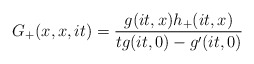
\begin{align*}G_+(x,x,it)=\frac{g(it,x)h_+(it,x)}{tg(it,0)-g^\prime(it,0)}\end{align*}